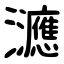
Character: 㶝